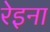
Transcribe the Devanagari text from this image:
रेइना